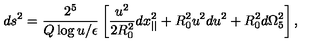
d s ^ { 2 } = { \frac { 2 ^ { 5 } } { Q \log { u / \epsilon } } } \left[ { \frac { u ^ { 2 } } { 2 R _ { 0 } ^ { 2 } } } d x _ { | | } ^ { 2 } + R _ { 0 } ^ { 2 } u ^ { 2 } d u ^ { 2 } + R _ { 0 } ^ { 2 } d \Omega _ { 5 } ^ { 2 } \right] ,